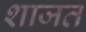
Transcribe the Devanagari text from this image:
शाजत